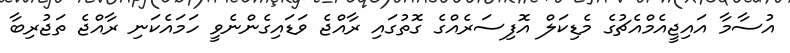
އުސާމާ އައިޖީއެމްއެޗުގެ މެޑިކަލް އޮފިސަރެެއްގެ ގޮތުގައި ރާއްޖެ ވަޑައިގެންނެވީ ހަމައެކަނި ރާއްޖެ ތަޖުރިބާ